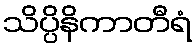
သိပ္ပိနိကာတီရံ